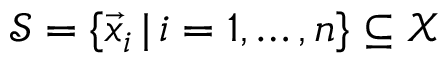
\mathcal { S } = \{ \vec { x } _ { i } \, | \, i = 1 , \dots , n \} \subseteq \mathcal { X }